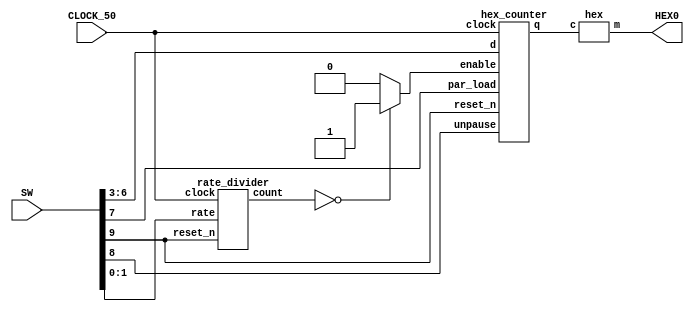
module display_counter_main(SW, HEX0, CLOCK_50);
	input [9:0] SW;
	input CLOCK_50;
	
	output [6:0] HEX0;
	
	wire enable;
	wire [27:0] RateDivider;
	assign enable = (RateDivider == 28'd0) ? 1 : 0;
	
	wire [3:0] Q;
	
	hex_counter block0(
		.d(SW[6:3]), //Load value
		.clock(CLOCK_50),
		.reset_n(SW[9]),
		.par_load(SW[7]),
		.enable(enable),
		.unpause(SW[8]),
		.q(Q)
	);
	
	rate_divider block1(
		.rate(SW[1:0]),
		.clock(CLOCK_50),
		.reset_n(SW[9]),
		.count(RateDivider)
	);
	
	hex block2(
		.c(Q[3:0]),
		.m(HEX0[6:0])
	);
endmodule
	


// hex_counter's enable is determined by clock divider.
module hex_counter(d, clock, reset_n, par_load, enable, q, unpause);
	input [3:0] d;
	input clock;
	input reset_n;
	input unpause;
	input par_load, enable;
	output [3:0] q;
	reg [3:0] q;
	
	
	
	always @(posedge clock, negedge reset_n, posedge par_load) //Very important: add negedge reset_n!
	begin
		if (reset_n == 1'b0)
			q <= 0;
		else if (par_load == 1'b1)
			q <= d;
		else if (enable == 1'b1 & unpause == 1'b1)
			begin
				if (q == 4'b1111)
					q <= 0;
				else 
					q <= q + 1'b1;
			end
	end

endmodule
	
module rate_divider(rate, clock, reset_n, count);
	input [1:0] rate;
	input reset_n;
	input clock;
	output [27:0] count;
	reg [27:0] count;
	reg [27:0] scale;
	always @(*)
	begin
	     case (rate[1:0])
		      2'b00: scale = 0;
				2'b01: scale = 1;
				2'b10: scale = 2;
				2'b11: scale = 4;
		  endcase
	end
	 

	always @(posedge clock)
		if (rate[1:0] != 2'b00)
		begin 
			 if (reset_n == 1'b0)
				  count <= 5 * (10 ** 7) * scale - 1;
			 else if (count == 0)
				  count <= 5 * (10 ** 7) * scale - 1;
			 else
				  count <= count - 1;
		end
		else
		    count <= 0;

endmodule

// Rewritten shorter version of hexdecoder
// The previes version was too cumbersome
// 	to include in pdf reports
module hex(c, m);
	input [3:0] c;
	output [6:0] m;
	reg [6:0] z;
	always @(*)
	begin
		case (c[3:0])
			4'b0000: z = 7'b1111110;
			4'b0001: z = 7'b0110000;
			4'b0010: z = 7'b1101101; 
			4'b0011: z = 7'b1111001;
			4'b0100: z = 7'b0110011;
			4'b0101: z = 7'b1011011;  
			4'b0110: z = 7'b1011111;
			4'b0111: z = 7'b1110000;
			4'b1000: z = 7'b1111111;
			4'b1001: z = 7'b1111011;
			4'b1010: z = 7'b1110111; 
			4'b1011: z = 7'b0011111;
			4'b1100: z = 7'b1001110;
			4'b1101: z = 7'b0111101;
			4'b1110: z = 7'b1001111;
			4'b1111: z = 7'b1000111;
		endcase
	end
	assign m[6:0] = z[6:0];
endmodule